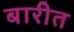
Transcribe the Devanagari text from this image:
बारीत